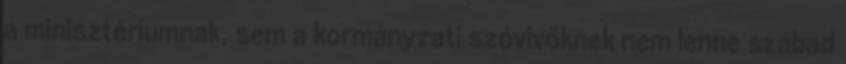
a minisztériumnak, sem a kormányzati szóvivőknek nem lenne szabad